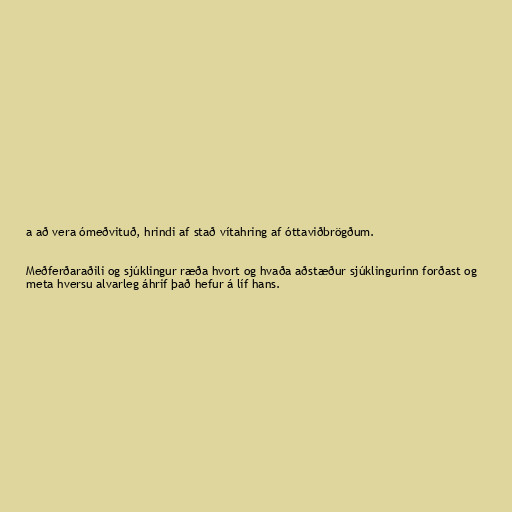
a að vera ómeðvituð, hrindi af stað vítahring af óttaviðbrögðum.

Meðferðaraðili og sjúklingur ræða hvort og hvaða aðstæður sjúklingurinn forðast og
meta hversu alvarleg áhrif það hefur á líf hans.